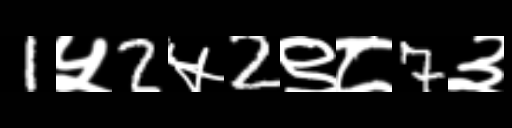
Text: 1५2५2९८7३